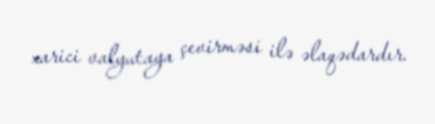
xarici valyutaya çevirməsi ilə əlaqədardır.